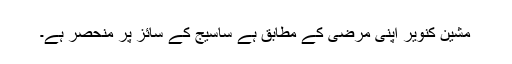
مشین کنویر اپنی مرضی کے مطابق ہے ساسیج کے سائز پر منحصر ہے۔